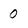
Character: 0